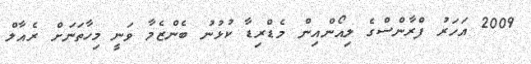
2009 އަހަރު ފްރާންސްގެ ލިއޯންއިން މެޑްރިޑާ ކުޅުނު ބެންޒެމާ ވަނީ މިހާތަނަށް ރެއާލް